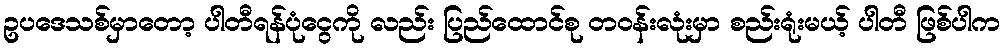
ဥပဒေသစ်မှာတော့ ပါတီရန်ပုံငွေကို လည်း ပြည်ထောင်စု တဝန်းလုံးမှာ စည်းရုံးမယ့် ပါတီ ဖြစ်ပါက